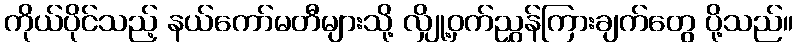
ကိုယ်ပိုင်သည့် နယ်ကော်မတီများသို့ လျှို့ဝှက်ညွှန်ကြားချက်တွေ ပို့သည်။